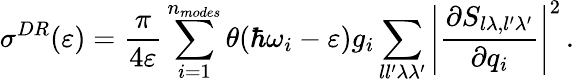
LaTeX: \sigma^{DR}(\varepsilon)=\frac{\pi}{4\varepsilon}\sum_{i=1}^{n_{modes}}\theta(\hbar\omega_{i}-\varepsilon)g_{i}\sum_{ll^{\prime}\lambda\lambda^{\prime}}\left\vert\frac{\partial S_{l\lambda,l^{\prime}\lambda^{\prime}}}{\partial{q}_{i}}\right\vert^{2}\, .